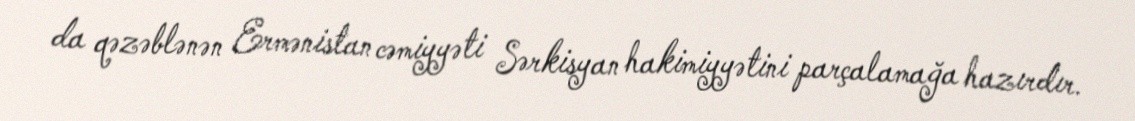
da qəzəblənən Ermənistan cəmiyyəti Sərkisyan hakimiyyətini parçalamağa hazırdır.